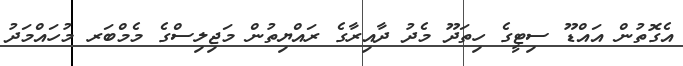
އެގޮތުން އައްޑޫ ސިޓީގެ ހިތަދޫ މެދު ދާއިރާގެ ރައްޔިތުން މަޖިލިސްގެ މެމްބަރ މުހައްމަދު